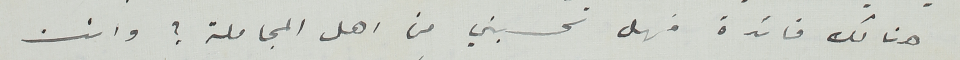
هناك فائدة فهل تحسبني من اهل المجاملة ؟ وانت